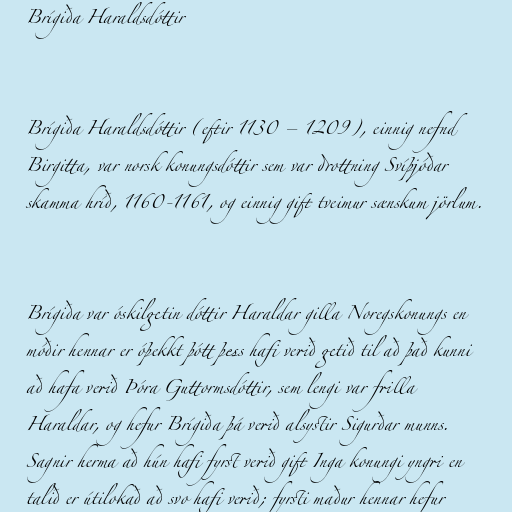
Brígiða Haraldsdóttir

Brígiða Haraldsdóttir (eftir 1130 – 1209), einnig nefnd
Birgitta, var norsk konungsdóttir sem var drottning Svíþjóðar
skamma hríð, 1160-1161, og einnig gift tveimur sænskum jörlum.

Brígiða var óskilgetin dóttir Haraldar gilla Noregskonungs en
móðir hennar er óþekkt þótt þess hafi verið getið til að það kunni
að hafa verið Þóra Guttormsdóttir, sem lengi var frilla
Haraldar, og hefur Brígiða þá verið alsystir Sigurðar munns.
Sagnir herma að hún hafi fyrst verið gift Inga konungi yngri en
talið er útilokað að svo hafi verið; fyrsti maður hennar hefur